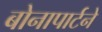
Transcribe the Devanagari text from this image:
बोनापार्टने